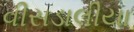
વીસડાલીયા